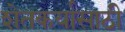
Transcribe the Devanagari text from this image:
शेतकर्यासाठी